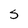
Character: S